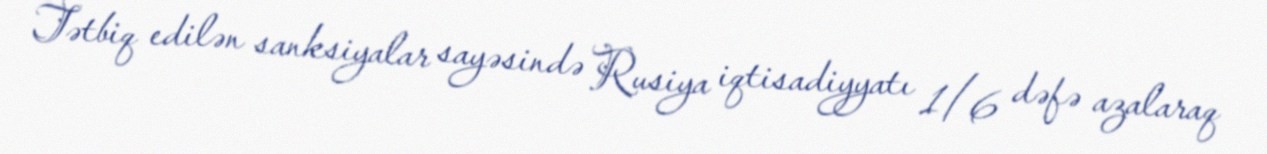
Tətbiq edilən sanksiyalar sayəsində Rusiya iqtisadiyyatı 1/6 dəfə azalaraq